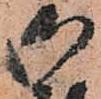
御